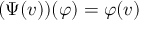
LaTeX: ( \Psi ( v ) ) ( \varphi ) = \varphi ( v )